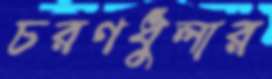
চরণধুলার